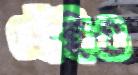
হেঁইও